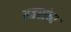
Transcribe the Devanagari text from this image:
प्रहरांचा